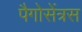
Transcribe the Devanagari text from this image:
पैगोसेंत्रस